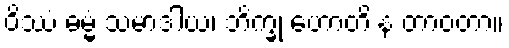
ဝိဿံ ဓမ္မံ သမာဒါယ၊ ဘိက္ခု ဟောတိ န တာဝတာ။